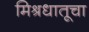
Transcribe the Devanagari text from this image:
मिश्रधातूचा